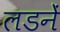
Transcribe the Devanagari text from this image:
लडनें